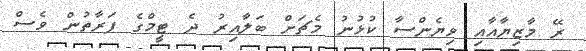
ރޭ މާޒިޔާއާއި ވިޔެންސާ ކުޅުނު މެޗަށް ބަލާއިރު ދެ ޓީމްގެ ފަރާތުން ވެސް